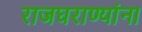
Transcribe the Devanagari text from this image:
राजघराण्यांना